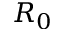
R _ { 0 }